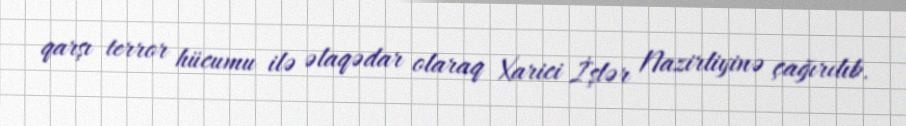
qarşı terror hücumu ilə əlaqədar olaraq Xarici İşlər Nazirliyinə çağırılıb.